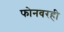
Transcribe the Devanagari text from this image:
फोनवरही